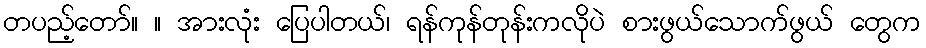
တပည့်တော်။ ။ အားလုံး ပြေပါတယ်၊ ရန်ကုန်တုန်းကလိုပဲ စားဖွယ်သောက်ဖွယ် တွေက